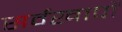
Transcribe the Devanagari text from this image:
सर्वखापों